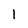
Character: l